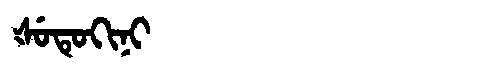
Manchu: ᡧᡠᡨᡠᡴᡳᠨᡳ
Romanization: ŠUTUKINI